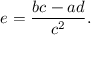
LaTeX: e = { \frac { b c - a d } { c ^ { 2 } } } .